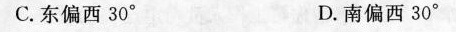
C.东偏西30° D.南偏西30°